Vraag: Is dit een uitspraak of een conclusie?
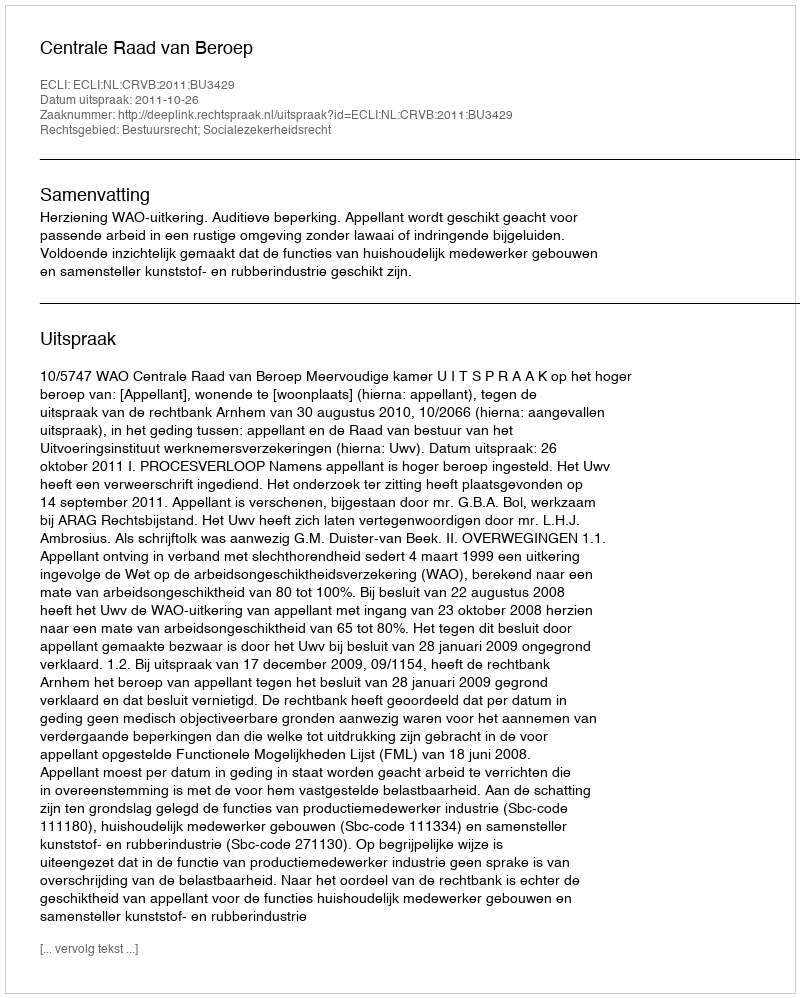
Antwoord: Uitspraak